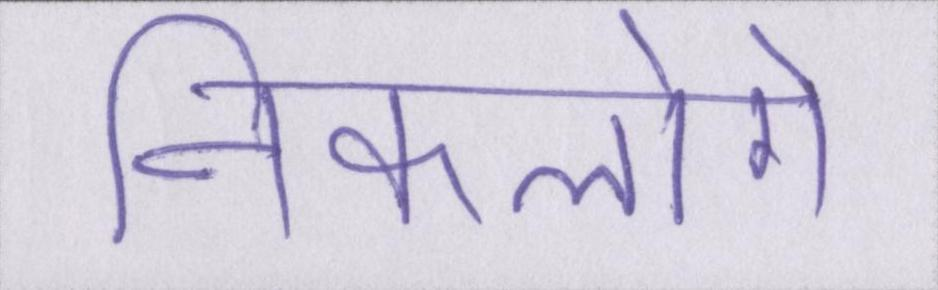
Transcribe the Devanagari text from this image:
निकलोगे